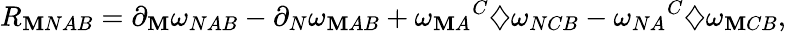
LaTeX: R_{\mathbf{M}NAB}=\partial_{\mathbf{M}}\omega_{NAB}-\partial_{N}\omega_{\mathbf{M}AB}+{\omega_{\mathbf{M}A}}^{C}\diamondsuit\omega_{NCB}-{\omega_{NA}}^{C}\diamondsuit\omega_{\mathbf{M}CB},